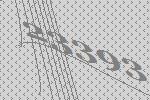
23393